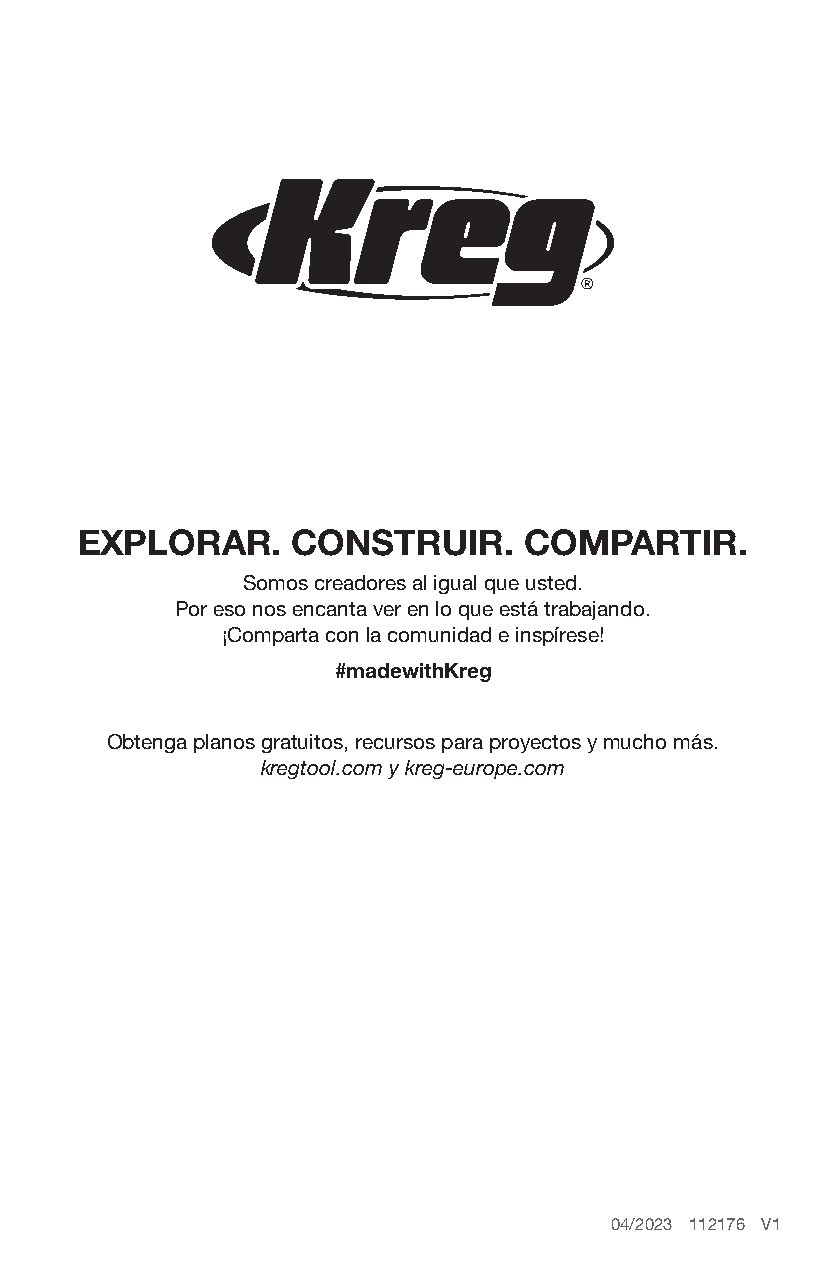
EXPLORAR.     CONSTRUIR.      COMPARTIR.
 Somos creadores al igual que usted.
 Por eso nos encanta ver en lo que está trabajando.
 ¡Comparta con la comunidad e inspírese!
 #madewithKreg
 Obtenga planos gratuitos, recursos para proyectos y mucho más.
 kregtool.com y kreg-europe.com
 04/2023 112176 V1